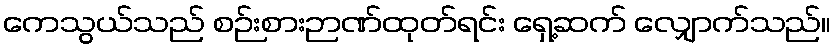
ကေသွယ်သည် စဉ်းစားဉာဏ်ထုတ်ရင်း ရှေ့ဆက် လျှောက်သည်။